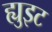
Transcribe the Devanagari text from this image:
ह्युइट